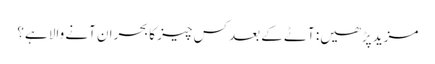
مزید پڑھیں: آٹے کے بعد کس چیز کا بحران آنے والا ہے؟